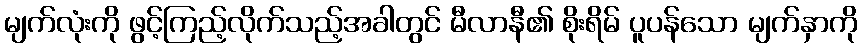
မျက်လုံးကို ဖွင့်ကြည့်လိုက်သည့်အခါတွင် မီလာနီ၏ စိုးရိမ် ပူပန်သော မျက်နှာကို